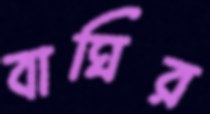
বাঘির